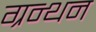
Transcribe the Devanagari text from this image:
ग्रन्थन